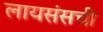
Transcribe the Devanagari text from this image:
लायसंसची